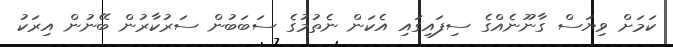
ކަމަށް ވިޔަސް ގާނޫނެއްގެ ސިފައިގައި އެކަން ނެތުމުގެ ސަބަބުން ސަރުކާރުން ބޭނުން އިރަކު